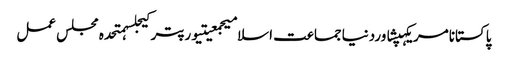
پاکستانامریکہپشاوردنیاجماعت اسلامیجمعیتیورپترکیجلسہمتحدہ مجلس عمل